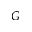
G